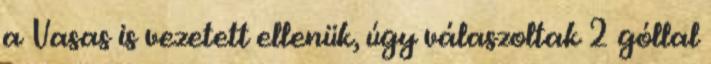
a Vasas is vezetett ellenük, úgy válaszoltak 2 góllal